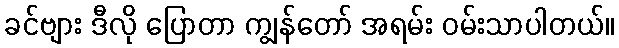
ခင်ဗျား ဒီလို ပြောတာ ကျွန်တော် အရမ်း ဝမ်းသာပါတယ်။